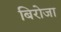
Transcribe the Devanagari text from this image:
बिरोजा